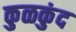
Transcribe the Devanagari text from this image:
कुळकुंद